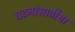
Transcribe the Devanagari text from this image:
घटनांसाठीचा